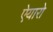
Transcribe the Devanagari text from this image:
ऐयारो